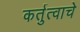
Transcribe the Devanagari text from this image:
कर्तुत्वाचे